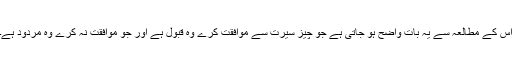
اس کے مطالعہ سے یہ بات واضح ہو جاتی ہے جو چیز سیرت سے موافقت کرے وہ قبول ہے اور جو موافقت نہ کرے وہ مردود ہے۔